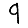
Digit: 9